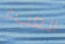
العبء